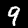
Digit: 9